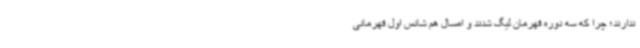
ندارند؛ چرا که سه دوره قهرمان لیگ شدند و امسال هم شانس اول قهرمانی